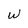
Character: W